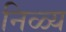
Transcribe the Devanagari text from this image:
निळ्य